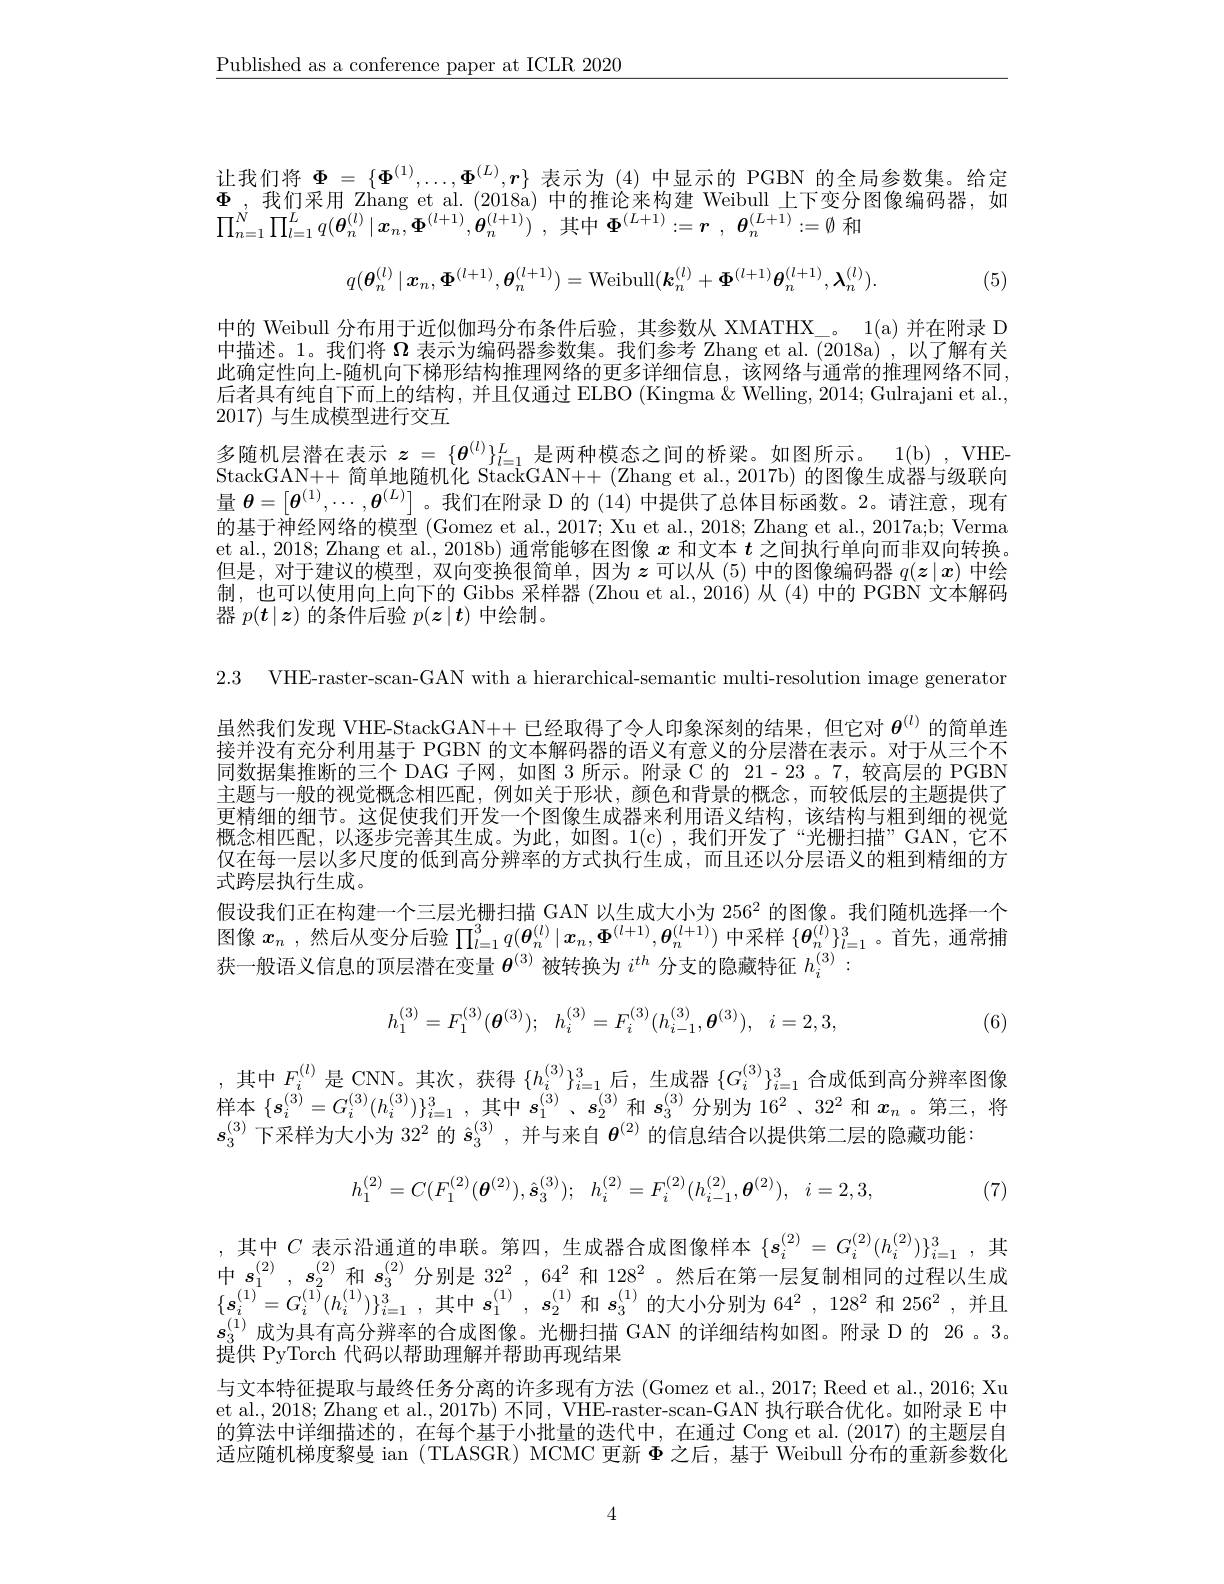
$\underline{\text{Published as a conference paper at ICLR 2020}}$

让我们将$\begin{array}{c}\Phi=\{\Phi^{(1)},\ldots,\Phi^{(L)},\boldsymbol{r}\}\end{array}$表示为(4)中显示的 PGBN 的全局参数集。给定$\Phi$,我们采用 Zhang et al. (2018a) 中的推论来构建 Weibull 上下变分图像编码器，如$\Pi _{n= 1}^{N^{\prime }}\prod _{l= 1}^{L}q( \boldsymbol{\theta }_{n}^{( l) }\mid \boldsymbol{x}_{n}, \boldsymbol{\Phi }^{( l+ 1) }, \boldsymbol{\theta }_{n}^{( l+ 1) })$ ,其中$\boldsymbol{\Phi }^( L+ 1) : = \boldsymbol{r}$ $, \boldsymbol{\theta }_{n}^{( L+ 1) }: = \emptyset$ 和
$$q(\boldsymbol{\theta}_{n}^{(l)}\mid\boldsymbol{x}_{n},\boldsymbol{\Phi}^{(l+1)},\boldsymbol{\theta}_{n}^{(l+1)})=\mathrm{Weibull}(\boldsymbol{k}_{n}^{(l)}+\boldsymbol{\Phi}^{(l+1)}\boldsymbol{\theta}_{n}^{(l+1)},\boldsymbol{\lambda}_{n}^{(l)}).$$
(5)

中的 Weibull 分布用于近似伽玛分布条件后验，其参数从 XMATHX\_。1(a) 并在附录 D 中描述。1。我们将$\Omega$表示为编码器参数集。我们参考 Zhang et al.(2018a),以了解有关此确定性向上-随机向下梯形结构推理网络的更多详细信息，该网络与通常的推理网络不同， 后者具有纯自下而上的结构，并且仅通过 ELBO (Kingma $\&$ Welling, 2014; Gulrajani et al., 2017)与生成模型进行交互
多随机层潜在表示$z=\{\boldsymbol{\theta}^{(l)}\}_{l=1}^L$是两种模态之间的桥梁。如图所示。1(b) , VHEStackGAN++ 简单地随机化 Stac$\bar{\mathrm{kGAN}}++($Zhang et al., 2017b) 的图像生成器与级联向量$\boldsymbol{\theta}=\begin{bmatrix}\boldsymbol{\theta}^{(1)},\cdots,\boldsymbol{\theta}^{(L)}\end{bmatrix}$。我们在附录 D 的 (14) 中提供了总体目标函数。2。请注意，现有的基于神经网络的模型 (Gomez et al., 2017; Xu et al., 2018; Zhang et al., 2017a;b; Verma et al., 2018; Zhang et al., 2018b) 通常能够在图像$x$和文本$t$之间执行单向而非双向转换。但是，对于建议的模型，双向变换很简单，因为$z$可以从(5)中的图像编码器 $q(z\mid x)$ 中绘制，也可以使用向上向下的 Gibbs 采样器 (Zhou et al.,2016) 从 (4) 中的 PGBN 文本解码器$p(\boldsymbol{t}\mid\boldsymbol{z})$的条件后验$p(\boldsymbol{z}\mid\boldsymbol{t})$中绘制。

2.3 VHE-raster-scan-GAN with a hierarchical-semantic multi-resolution image generator

虽然我们发现 VHE-StackGAN++已经取得了令人印象深刻的结果，但它对$\theta^{(l)}$的简单连接并没有充分利用基于 PGBN 的文本解码器的语义有意义的分层潜在表示。对于从三个不同数据集推断的三个 DAG 子网，如图 3 所示。附录 C 的 21- 23 。7, 较高层的 PGBN 主题与一般的视觉概念相匹配，例如关于形状，颜色和背景的概念，而较低层的主题提供了更精细的细节。这促使我们开发一个图像生成器来利用语义结构，该结构与粗到细的视觉概念相匹配，以逐步完善其生成。为此，如图。1(c),我们开发了“光栅扫描”GAN,它不仅在每一层以多尺度的低到高分辨率的方式执行生成，而且还以分层语义的粗到精细的方式跨层执行生成。
假设我们正在构建一个三层光栅扫描 GAN 以生成大小为 256$^{2}$的图像。我们随机选择一个图像$x_n$ ,然后从变分后验$\prod_{l=1}^3q(\boldsymbol{\theta}_n^{(l)}\mid\boldsymbol{x}_n,\boldsymbol{\Phi}^{(l+1)},\boldsymbol{\theta}_n^{(l+1)})$中采样$\{\boldsymbol\theta_n^{(l)}\}_{l=1}^3$。首先，通常捕获一般语义信息的顶层潜在变量$\boldsymbol{\theta}^{(3)}$被转换为$i^{th}$分支的隐藏特征$h_i^{(3)}:$
$$h_1^{(3)}=F_1^{(3)}(\boldsymbol{\theta}^{(3)});\:h_i^{(3)}=F_i^{(3)}(h_{i-1}^{(3)},\boldsymbol{\theta}^{(3)}),\:i=2,3,$$
(6)

,其中$F_i^{(l)}$是 CNN。其次，获得$\{h_i^{(3)}\}_{i=1}^3$后，生成器$\{G_i^{(3)}\}_{i=1}^3$合成低到高分辨率图像样本$\{\boldsymbol{s}_i^{(3)}=G_i^{(3)}(h_i^{(3)})\}_{i=1}^3$,其中$\boldsymbol{s}_1^{(3)}$、$\boldsymbol{s}_2^{(3)}$和$s_3^{(3)}$分别为 16$^2$、32$^2$和$x_n$ 。第三，将$s_3^{(3)}$下采样为大小为 32$^2$的$\hat{s}_3^{(3)}$ ,并与来自$\boldsymbol\theta^{(2)}$的信息结合以提供第二层的隐藏功能：
$$h_{1}^{(2)}=C(F_{1}^{(2)}(\boldsymbol{\theta}^{(2)}),\hat{\boldsymbol{s}}_{3}^{(3)});\:h_{i}^{(2)}=F_{i}^{(2)}(h_{i-1}^{(2)},\boldsymbol{\theta}^{(2)}),\:i=2,3,$$
(7)

,其中$C$表示沿通道的串联。第四，生成器合成图像样本$\{s_i^{(2)}=G_i^{(2)}(h_i^{(2)})\}_{i=1}^3$,其中$s_1^{(2)},s_2^{(2)}$和$s_3^{(2)}$分别是$32^2,64^2$和 128$^2$ 。然后在第一层复制相同的过程以生成$\{\boldsymbol{s}_{i}^{(1)}=G_{i}^{(1)}(h_{i}^{(1)})\}_{i=1}^{3}$,其中$s_1^{(1)},\boldsymbol{s}_2^{(1)}$和$s_3^{(1)}$的大小分别为 6$4^2,128^2$ 和 256$^2$,并且$s_{3}^{( 1) }$成 为 具 有 高 分 辨 率 的 合 成 图 像 。光 栅 扫 描 GAN 的 详 细 结 构 如 图 。附 录 D 的 26 。3。坦 什 PvTorch 代 码 以 新 曲 理 解 并 郭 出 再 和 结 里提供 PyTorch 代码以帮助理解并帮助再现结果
与文本特征提取与最终任务分离的许多现有方法 (Gomez et al., 2017; Reed et al., 2016; Xu et al., 2018; Zhang et al., 2017b) 不同，VHE-raster-scan-GAN 执行联合优化。如附录 E 中的算法中详细描述的，在每个基于小批量的迭代中，在通过 Cong et al.(2017) 的主题层自适应随机梯度黎曼 ian (TLASGR) MCMC 更新$\Phi$之后，基于 Weibull 分布的重新参数化

4